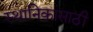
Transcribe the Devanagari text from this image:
स्थानिकांसाठी